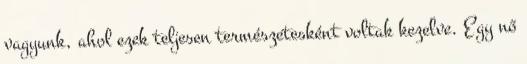
vagyunk, ahol ezek teljesen természetesként voltak kezelve. Egy nő